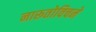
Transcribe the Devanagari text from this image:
नारूतोविचने